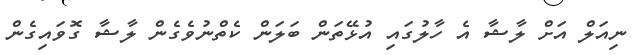
ނިއަލް އަށް ލާޝާ އެ ހާލުގައި އުޅޭތަން ބަލަން ކެތްނުވެގެން ލާޝާ ގޮވައިގެން